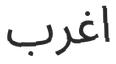
اغرب